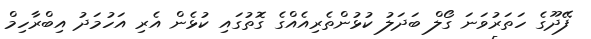
ފޭދޫގެ ހަތަރުވަނަ ގޯލް ބަދަލު ކުޅުންތެރިއެއްގެ ގޮތުގައި ކުޅެން އެރި އަހުމަދު އިބްރާހިމް